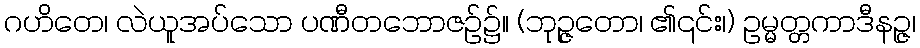
ဂဟိတေ၊ လဲယူအပ်သော ပဏီတဘောဇဉ်၌။ (ဘုဉ္ဇတော၊ ၏၎င်း၊) ဥမ္မတ္တကာဒီနဉ္ဇ၊